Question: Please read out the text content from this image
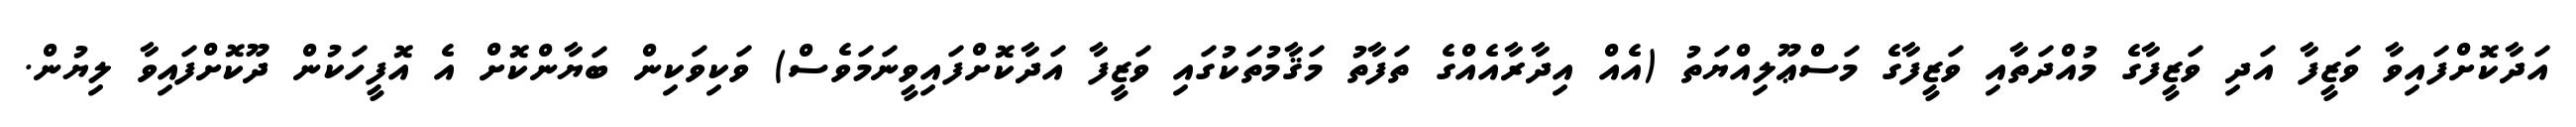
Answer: އަދާކޮށްފައިވާ ވަޒީފާ އަދި ވަޒީފާގެ މުއްދަތާއި ވަޒީފާގެ މަސްޢޫލިއްޔަތު (އެއް އިދާރާއެއްގެ ތަފާތު މަޤާމުތަކުގައި ވަޒީފާ އަދާކޮށްފައިވީނަމަވެސް) ވަކިވަކިން ބަޔާންކޮށް އެ އޮފީހަކުން ދޫކޮށްފައިވާ ލިޔުން.